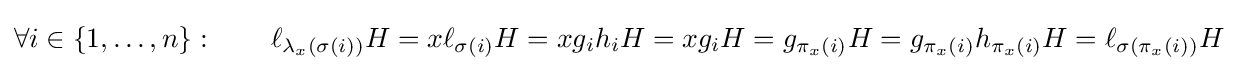
\forall i\in \{1,\ldots ,n\}:\qquad \ell _{\lambda _{x}(\sigma (i))}H=x\ell _{\sigma (i)}H=xg_{i}h_{i}H=xg_{i}H=g_{\pi _{x}(i)}H=g_{\pi _{x}(i)}h_{\pi _{x}(i)}H=\ell _{\sigma (\pi _{x}(i))}H